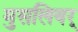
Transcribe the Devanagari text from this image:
मुसलियर्